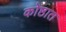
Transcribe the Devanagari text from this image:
कोष्ठात